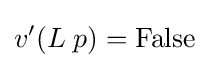
v'(L\;p)={\text{False}}